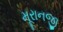
મૂરાનજી